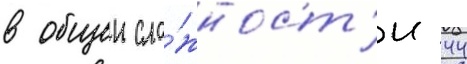
в общеи сло́жност'и 44